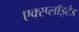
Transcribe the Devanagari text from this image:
एक्स्प्लाॅइटेड